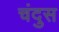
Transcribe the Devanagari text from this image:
चंदुस